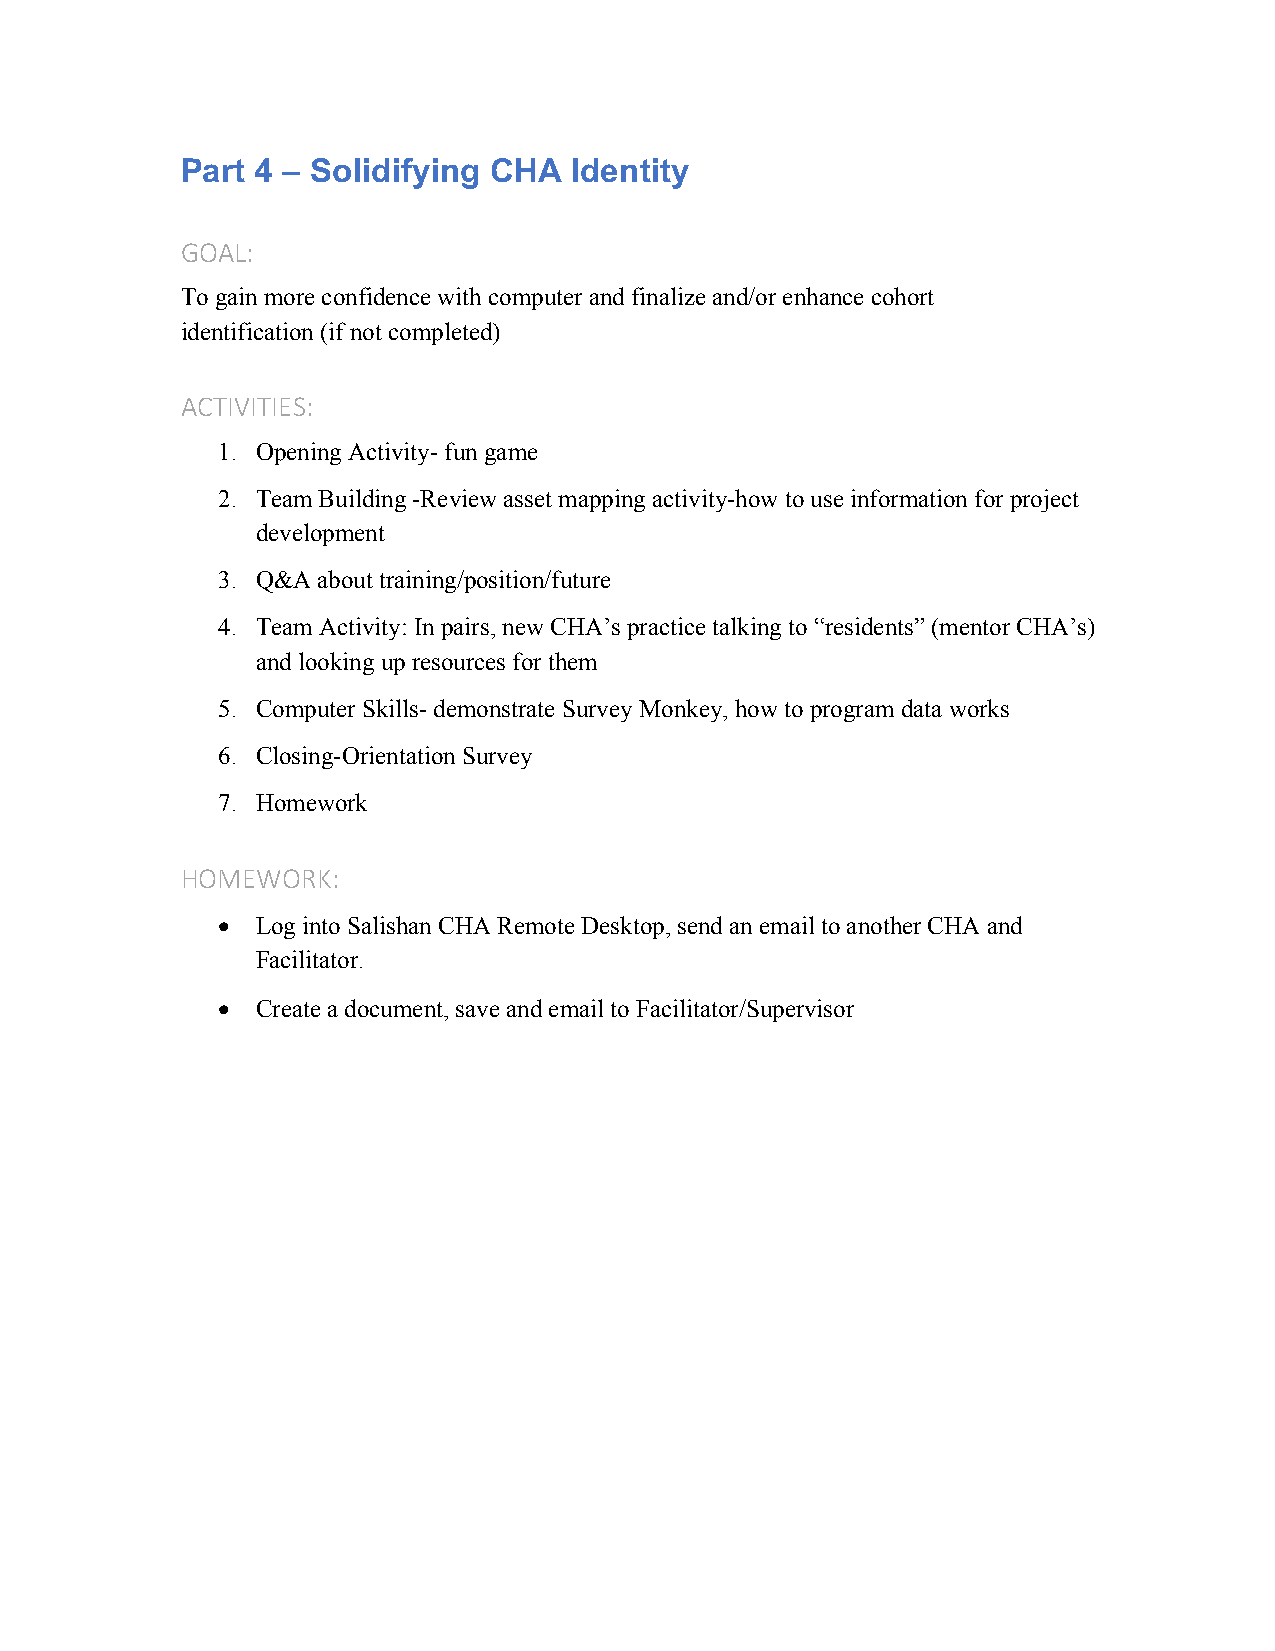
Part 4 – Solidifying CHA  Identity
 GOAL:
 To gain more confidence with computer and finalize and/or enhance cohort
 identification (if not completed)
 ACTIVITIES:
 1. Opening Activity- fun game
 2. Team Building -Review asset mapping activity-how to use information for project
 development
 3. Q&A about training/position/future
 4. Team Activity: In pairs, new CHA’s practice talking to “residents” (mentor CHA’s)
 and looking up resources for them
 5. Computer Skills- demonstrate Survey Monkey, how to program data works
 6. Closing-Orientation Survey
 7. Homework
 HOMEWORK:
 •  Log into Salishan CHA Remote Desktop, send an email to another CHA and
 Facilitator.
 •  Create a document, save and email to Facilitator/Supervisor